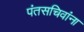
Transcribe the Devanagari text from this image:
पंतसचिवांना